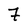
Character: 7